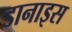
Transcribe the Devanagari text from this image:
डानाइस